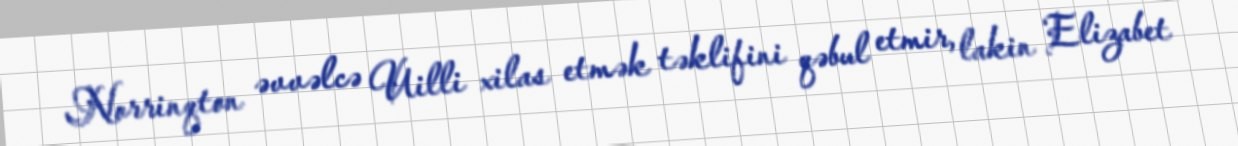
Norrinqton əvvəlcə Uilli xilas etmək təklifini qəbul etmir, lakin Elizabet